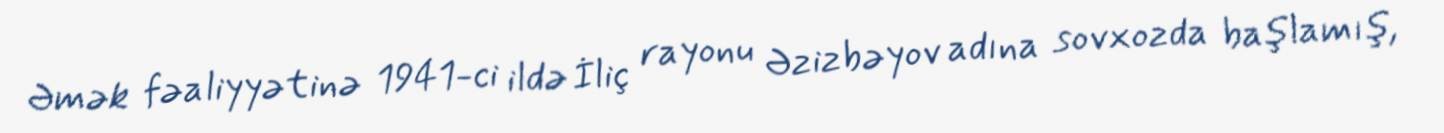
Əmək fəaliyyətinə 1941-ci ildə İliç rayonu Əzizbəyov adına sovxozda başlamış,